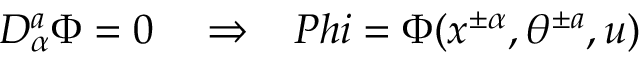
D _ { \alpha } ^ { a } \Phi = 0 \ \ \ \Rightarrow \ \ \, P h i = \Phi ( x ^ { \pm \alpha } , \theta ^ { \pm a } , u )